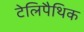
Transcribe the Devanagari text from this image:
टेलिपैथिक